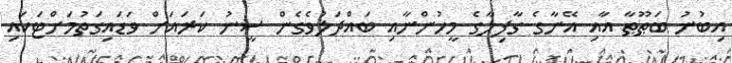
އިބުނު ބަޠޫޠާ އާއި އޭނާގެ ގާފިލާގެ މީހުންނާއި ބައްދަލުވެގެން ސީނު ކަރައަށް ވަޑައިގަތުމަށްޓަކައި